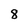
Character: 8